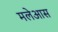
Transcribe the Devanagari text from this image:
मलेआस